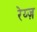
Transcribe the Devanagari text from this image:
रेय्ज़